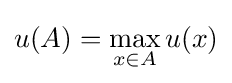
u(A)=\max _{x\in A}u({x})